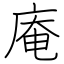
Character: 庵